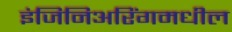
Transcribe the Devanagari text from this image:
इंजिनिअरिंगमधील